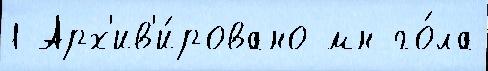
1 Арх'ив'и́ровано мн го́ла